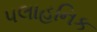
પલાહનિક